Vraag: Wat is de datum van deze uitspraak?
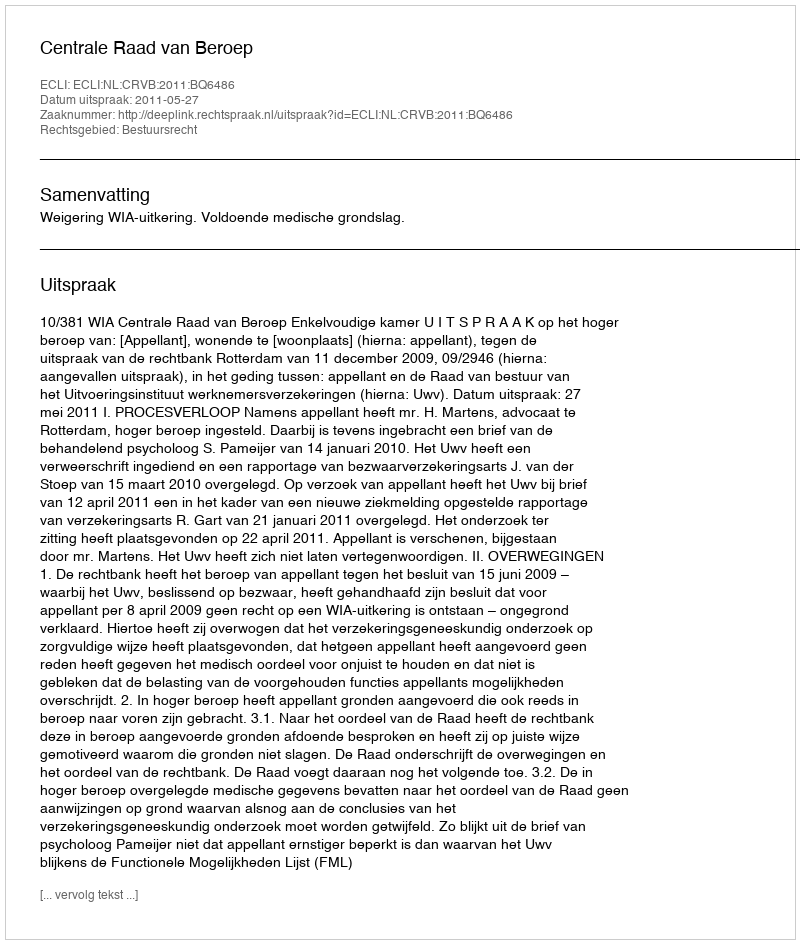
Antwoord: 2011-05-27